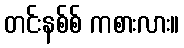
တင်းနစ်စ် ကစားလား။